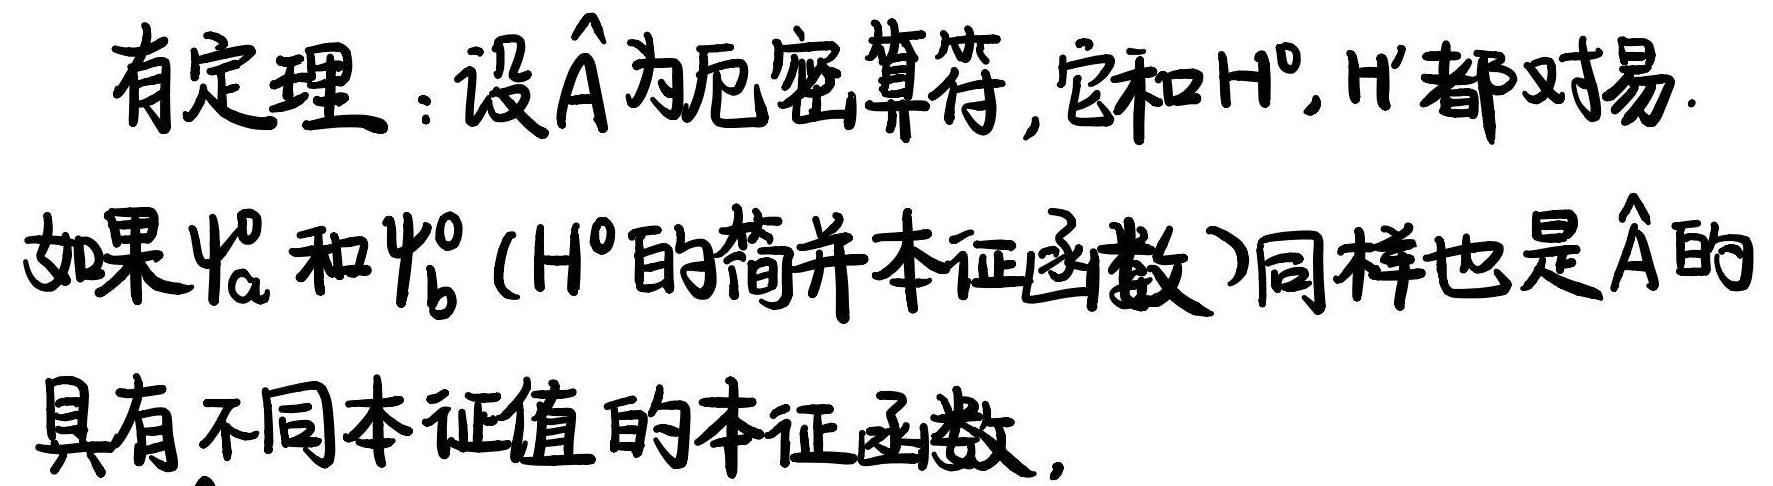
有定理：设$\hat{A}$为厄密算符，它和$H^0, H'$都对易. 如果$\psi_a^0$和$\psi_b^0$（$H^0$的简并本征函数）同样也是$\hat{A}$的具有不同本征值的本征函数，